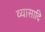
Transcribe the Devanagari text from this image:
व्यासादि